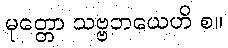
မုတ္တော သဗ္ဗဘယေဟိ စ။